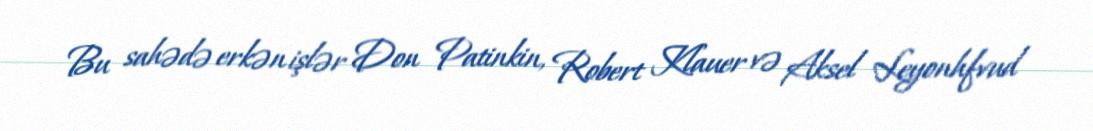
Bu sahədə erkən işlər Don Patinkin, Robert Klauer və Aksel Leyonhfvud